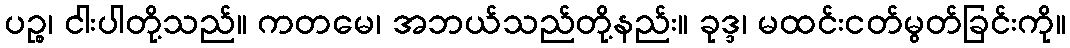
ပဉ္စ၊ ငါးပါတို့သည်။ ကတမေ၊ အဘယ်သည်တို့နည်း။ ခုဒ္ဒ၊ မထင်းငတ်မွတ်ခြင်းကို။